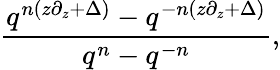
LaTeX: {\frac{q^{n(z\partial_{z}+\Delta)}-q^{-n(z\partial_{z}+\Delta)}}{q^{n}-q^{-n}}},